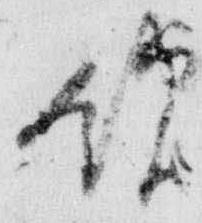
飲